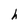
Character: h